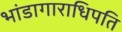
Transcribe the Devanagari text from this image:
भांडागाराधिपति